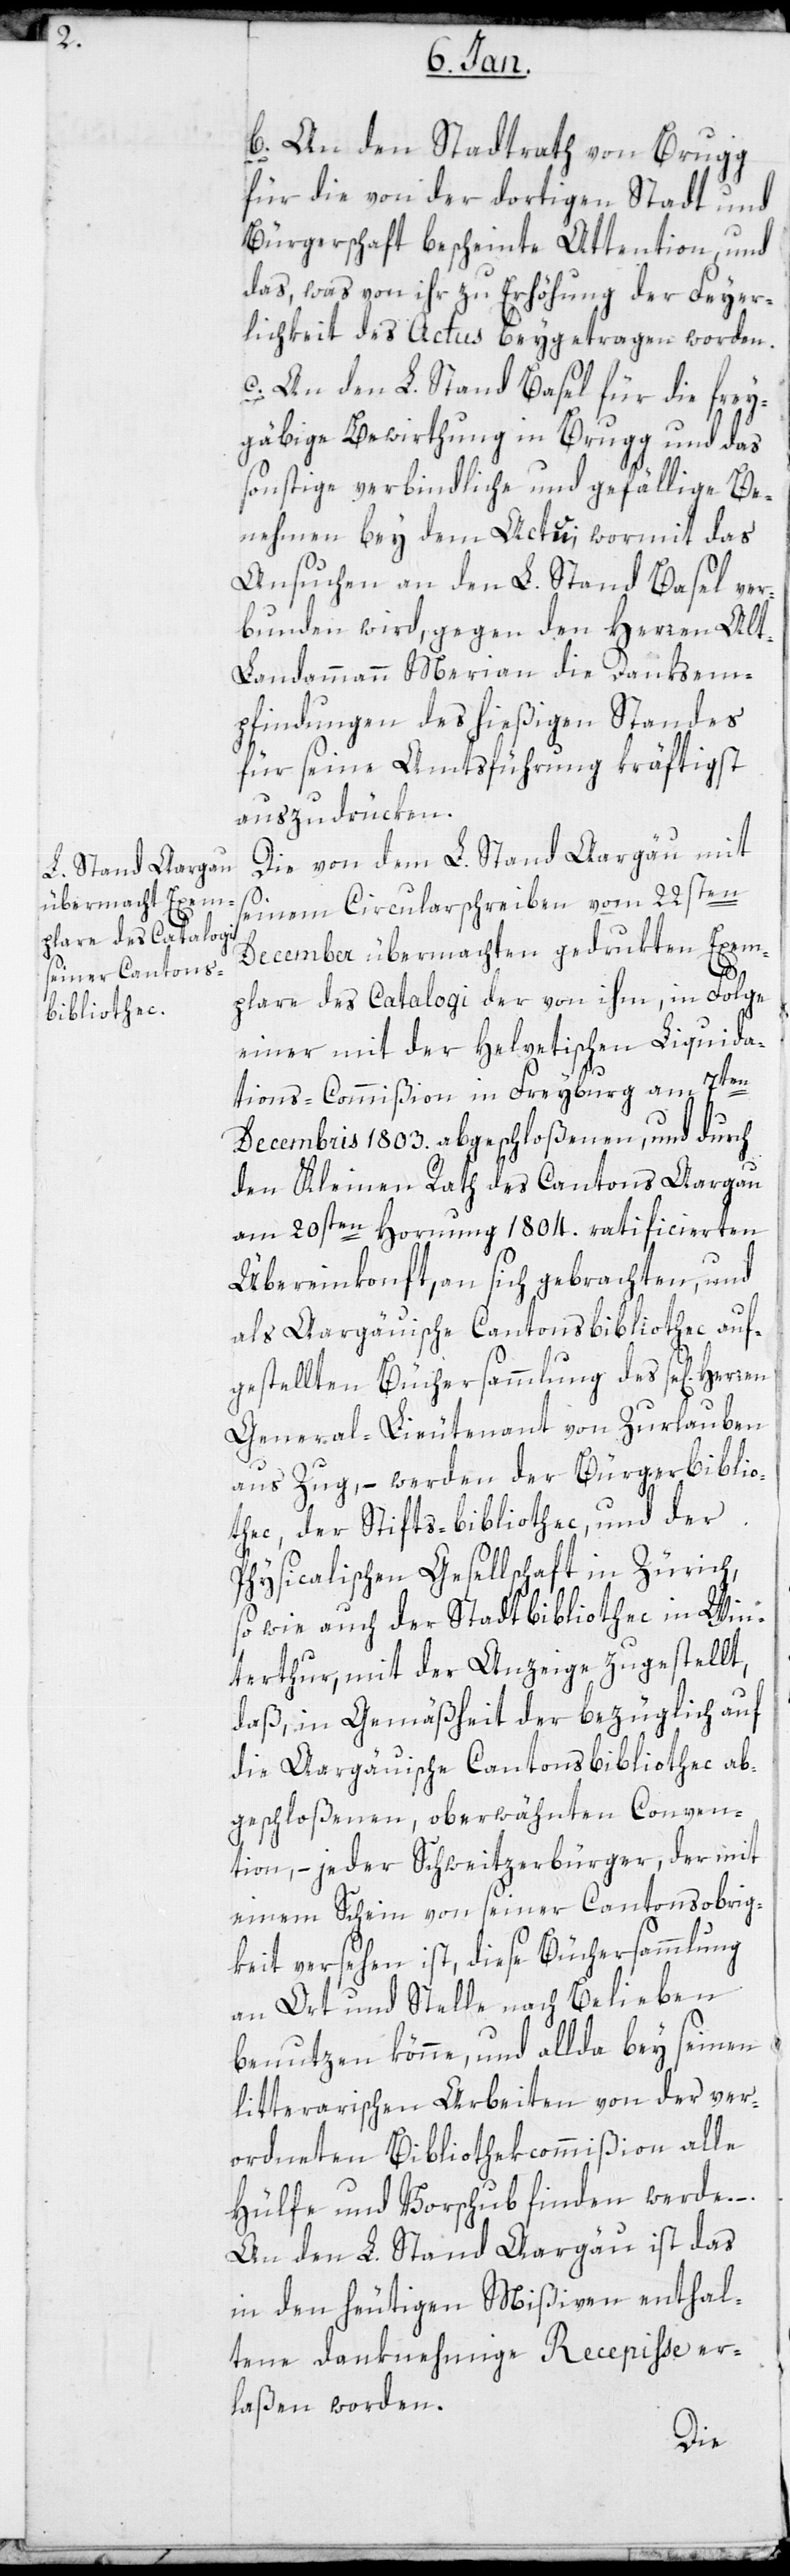
b. An den Stadtrath von Brugg
für die von der dortigen Stadt und
Bürgerschaft bescheinte Attention, und
das, was von ihr zu Erhöhung der Feyer¬
lichkeit des Actus beygetragen worden.
c. An den L. Stand Basel, für die frey¬
gäbige Bewirthung in Brugg und das
sonstige verbindliche und gefällige Be¬
nehmen bey dem Actu, wormit das
Ansuchen an den L. Stand Basel ver¬
bunden wird, gegen den Herren Alt¬
landammann Merian die Danksem¬
pfindungen des hießigen Standes
für seine Amtsführung kräftigst
auszudrücken.
Die von dem L. Stand Aargäu mit
seinem Circularschreiben vom 22sten
December übermachten gedruckten Exem¬
plare des Catalogi der von ihm, in Folge
einer mit der helvetischen Liquida¬
tions-Commißion in Freyburg am 7ten
Decembris 1803. abgeschloßenen, und durch
den Kleinen Rath des Cantons Aargau
am 20sten Hornung 1804. ratificierten
Übereinkonft, an sich gebrachten, und
als aargauische Cantonsbibliothec auf¬
gestellten Büchersammlung des sel. Herren
General-Lieutenant von Zurlauben
aus Zug, – werden der Bürgerbiblio¬
thec, der Stifts-bibliothec, und der
Physicalischen Gesellschaft in Zürich,
sowie auch der Stadtbibliothec in Win¬
terthur, mit der Anzeige zugestellt,
daß in Gemäßheit der bezüglich auf
die Aargauische Cantonsbibliothec ab¬
geschloßenen, oberwähnten Conven¬
tion, – jeder Schweitzerbürger, der mit
einem Schein von seiner Cantonsobrig¬
keit versehen ist, diese Büchersammlung
an Ort und Stelle nach Belieben
benutzen könne, und allda bey seinen
literarischen Arbeiten von der ver¬
ordneten Bibliothecscommißion alle
Hülfe und Vorschub finden werde.
An den L. Stand Aargau ist das
in den heutigen Mißiven enthal¬
tene danknehmige Recepiße er¬
laßen worden.